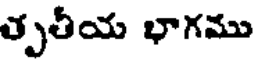
తృతీయ భాగము